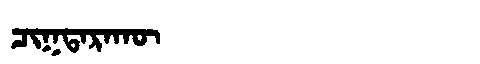
Manchu: ᠴᡳᡴᡨᠠᡵᠠᡴᡡ
Romanization: CIKTARAKŪ